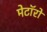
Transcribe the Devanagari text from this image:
मेटॉरो